Maemoisa_(Sinalepa)_vallavalitsus, lk 34
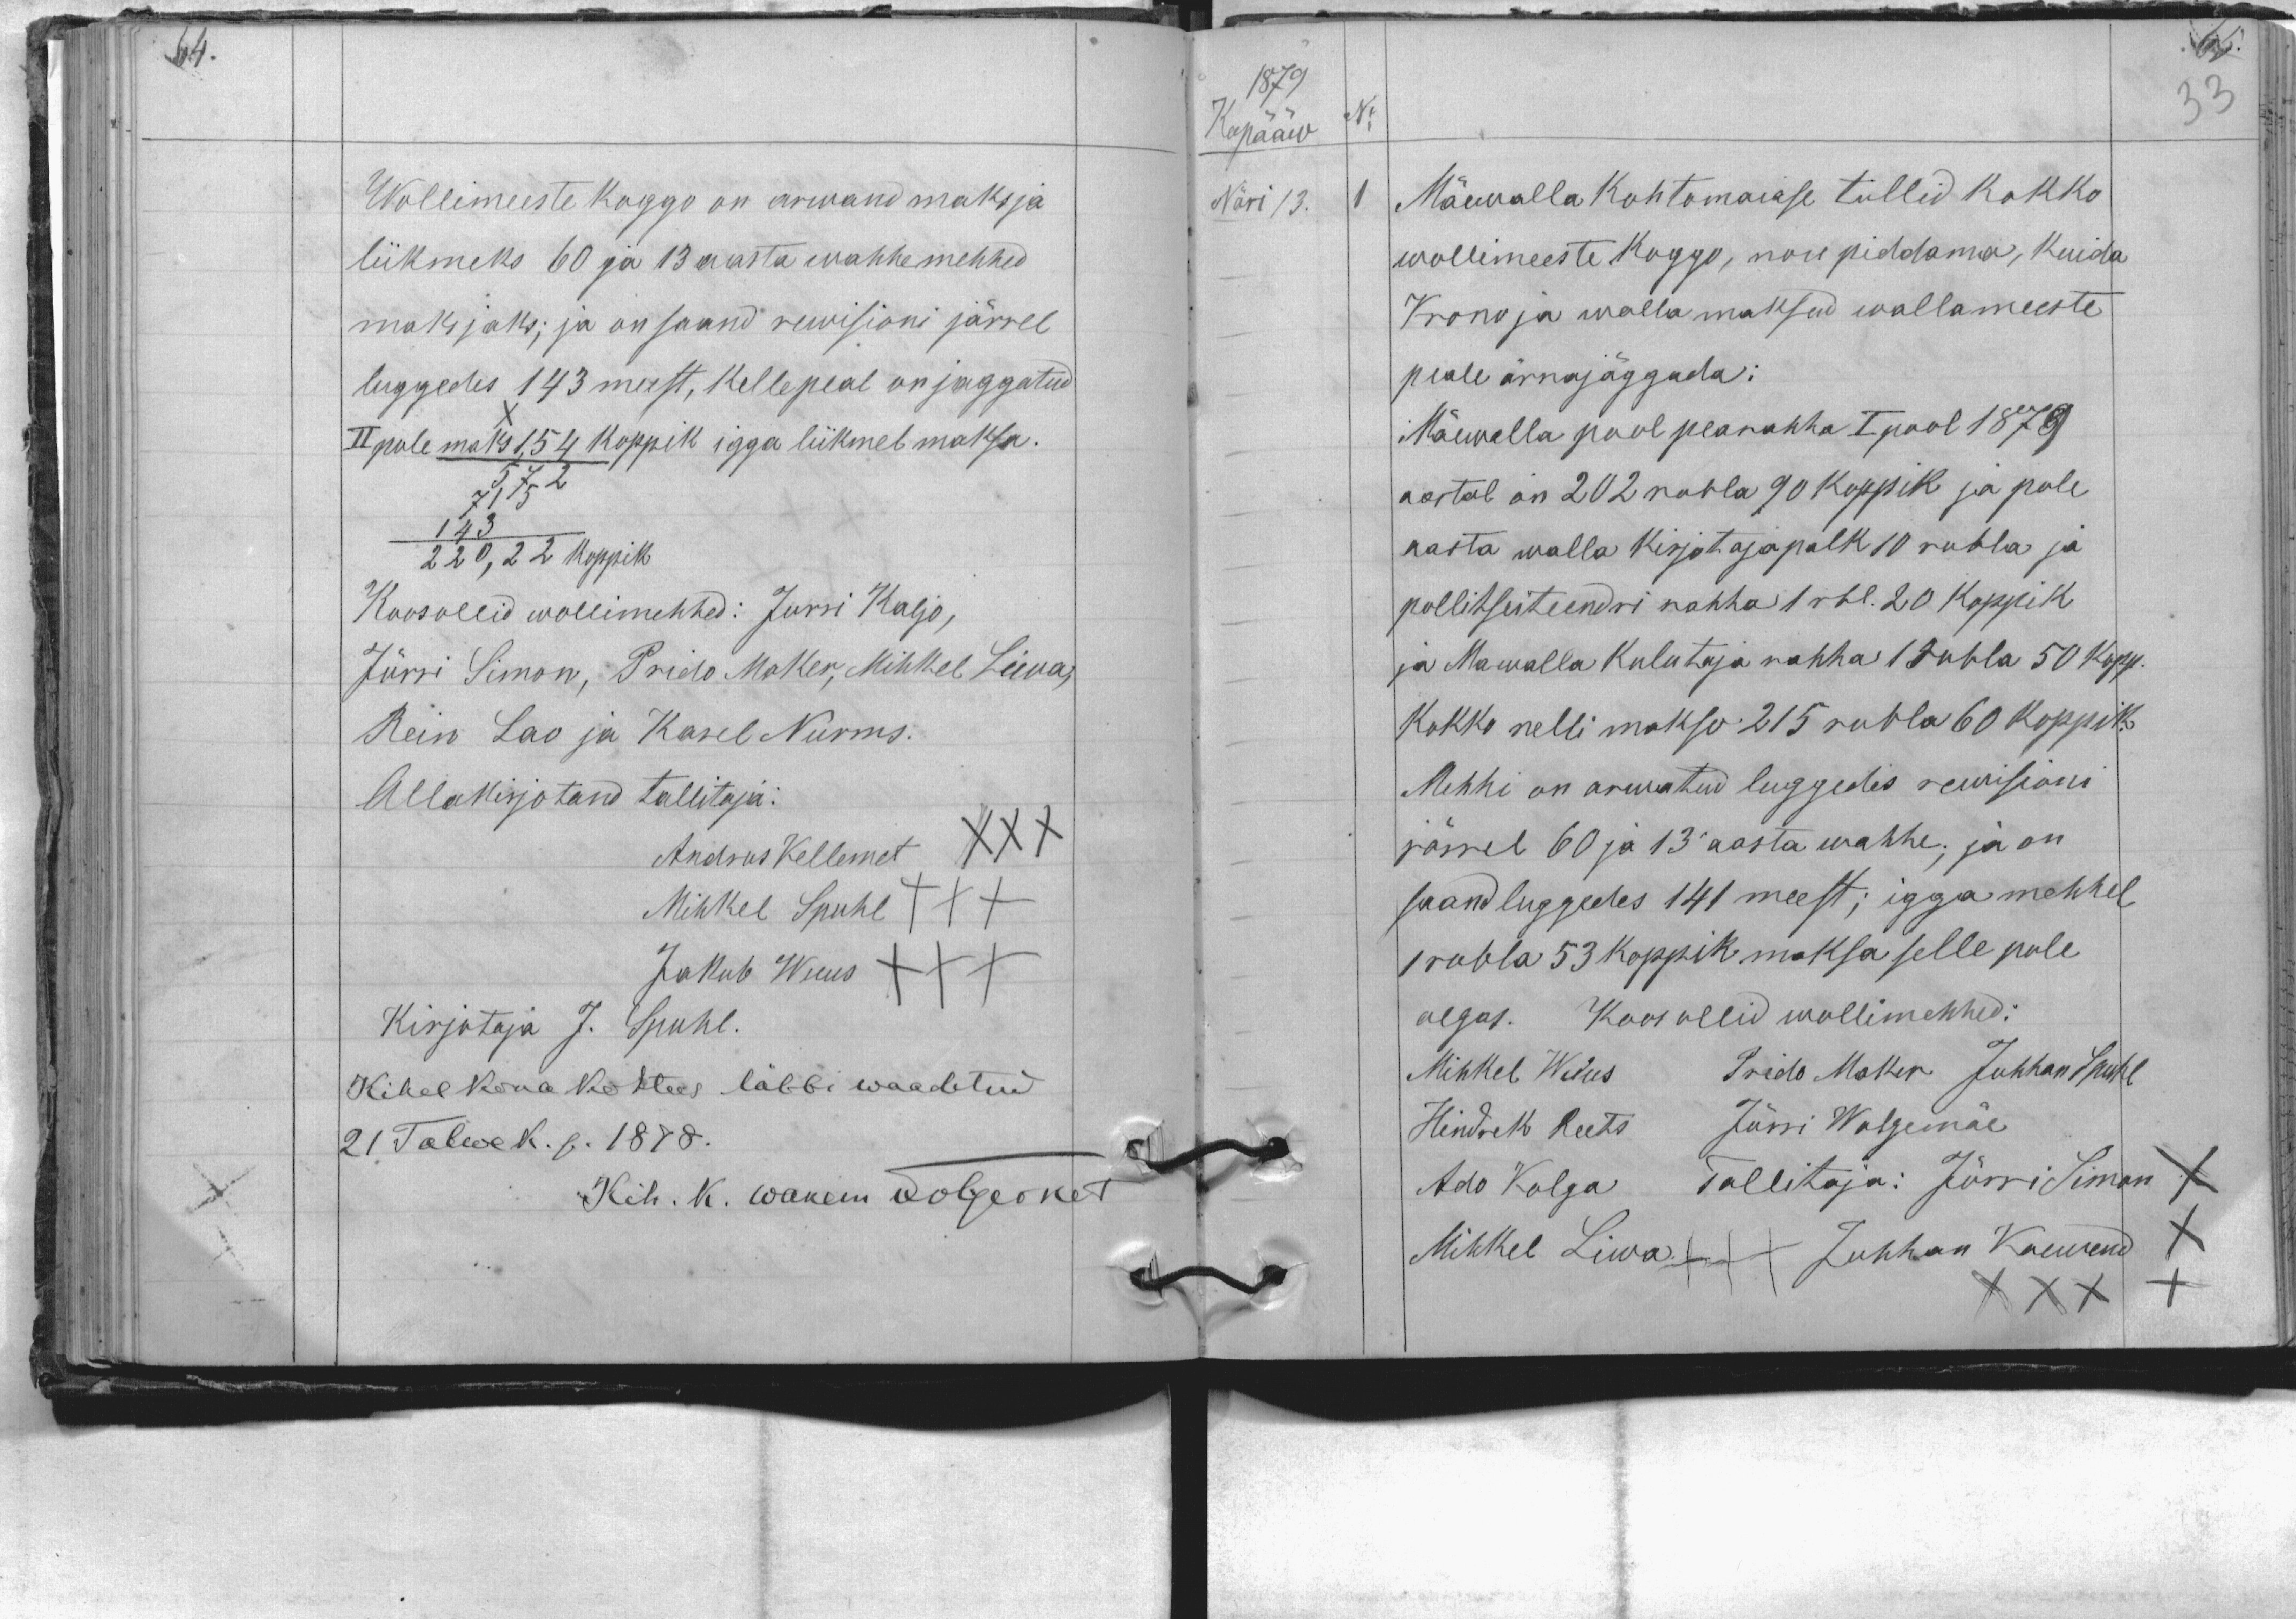
Wollimeeste koggo on arwand maksja
liikmeks 60 ja 13 aasta wahhe mehhed
maksjaks; ja on saand rewisioni järrel
luggedes 143 meest, kellepeal on jaggatud
II pole maks 1,54 koppik igga liikmel maksa.
572
715
143
220,22 koppik
Koosollid wollimehhed: Jürri Kaljo,
Jürri Simon, Prido Maker, Mihkel Liwa,
Rein Lao ja Karel Nurms.
Allakirjotand tallitaja:
Andrus Kellemet XXX
Mihkel Spuhl XXX
Jakub Wuus XXX
Kirjotaja J. Spuhl.
Kihelkona kohtus läbbi waadetud
21 Talwek. p. 1878.
Kih. K. wanem Jolgeoket

Näri 13.
1
Mäewalla kohtomaiase tullid kokko
wollimeeste koggo, nou piddama, kuida
Krono ja walla maksud wallameeste
peale ärrajaggada:
Mäewalla pool pearahha I pool 1879
aastal on 202 rubla 90 koppik ja pole
aasta walla kirjotaja palk 10 rubla ja
pollitseiteendri rahha 1 rbl. 20 koppik
ja Mawalla kulutaja rahha 1 rubla 50 kopp.
kokko nelli makso 215 rubla 60 koppik.
Mehhi on arwatud luggedes rewisioni
järrel 60 ja 13 aasta wahhe; ja on
saand luggedes 141 meest; igga mehhel
1 rubla 53 koppik maksa selle pole
aegas. Koos ollid wollimehhed:
Mihkel Wuus Prido Maker Juhhan Spuhl
Hindrik Reets Jürri Walgemäe
Ado Kolga Tallitaja: Jürri Simon
Mihkel Liwa XXX Juhhan Kaewend
XXX